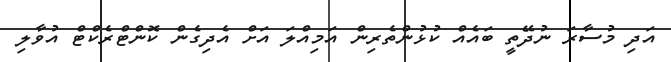
އަދި މުސާރަ ނުދޭތީ ބައެއް ކުޅުންތެރިން އަމިއްލަ އަށް އެދިގެން ކޮންޓްރެކްޓް އުވާލި